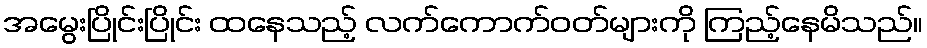
အမွေးပြိုင်းပြိုင်း ထနေသည့် လက်ကောက်ဝတ်များကို ကြည့်နေမိသည်။